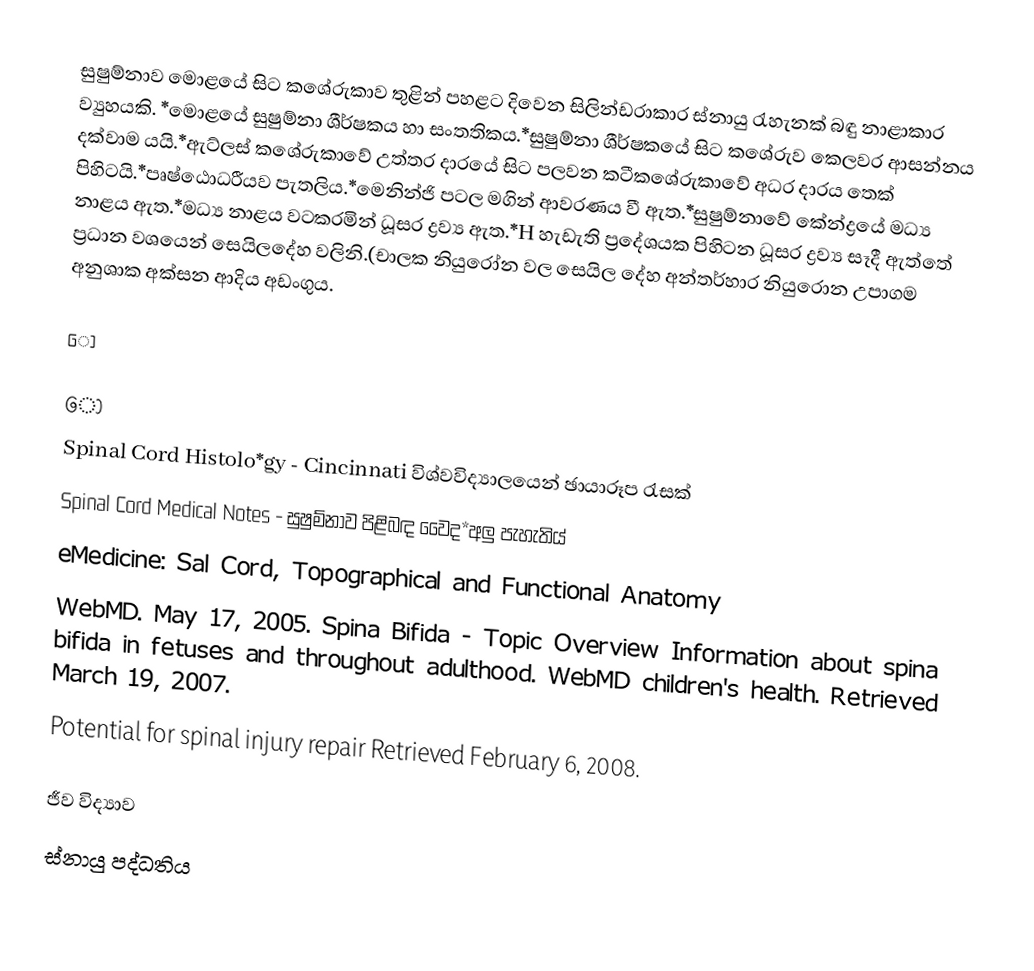
සුෂුම්නාව මොළයේ සිට කශේරුකාව තුළින් පහළට දිවෙන සිලින්ඩරාකාර ස්නායු රැහැනක් බඳු නාළාකාර ව්‍යුහයකි. *මොළයේ සුෂුම්නා ශීර්ෂකය හා සංතතිකය.*සුෂුම්නා ශීර්ෂකයේ සිට කශේරුව කෙලවර ආසන්නය දක්වාම යයි.*ඇට්ලස් කශේරුකාවේ උත්තර දාරයේ සිට පලවන කටීකශේරුකාවේ අධර දාරය තෙක් පිහිටයි.*පෘෂ්ඨොධරීයව පැතලිය.*මෙනින්ජි පටල මගින් ආවරණය වී ඇත.*සුෂුම්නාවේ කේන්ද්‍රයේ මධ්‍ය නාළය ඇත.*මධ්‍ය නාළය වටකරමින් ධූසර ද්‍රව්‍ය ඇත.*H හැඩැති ප්‍රදේශයක පිහිටන ධූසර ද්‍රව්‍ය සෑදී ඇත්තේ ප්‍රධාන වශයෙන් සෙයිලදේහ වලිනි.(චාලක නියුරෝන වල සෙයිල දේහ අන්තර්හාර නියුරොන උපාගම අනුශාක අක්සන ආදිය අඩංගුය.

ෝ

ෝ
 Spinal Cord Histolo*gy - Cincinnati විශ්වවිද්‍යාලයෙන් ඡායාරූප රැසක්
 Spinal Cord Medical Notes - සුෂුම්නාව පිළිබඳ වෛද*අලු පැහැතිය්
 eMedicine: Sal Cord, Topographical and Functional Anatomy
 WebMD. May 17, 2005. Spina Bifida - Topic Overview Information about spina bifida in fetuses and throughout adulthood. WebMD children's health. Retrieved March 19, 2007.
 Potential for spinal injury repair  Retrieved February 6, 2008.

ජීව විද්‍යාව
ස්නායු පද්ධතිය